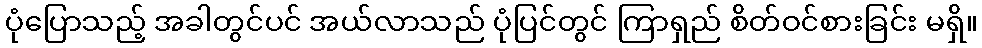
ပုံပြောသည့် အခါတွင်ပင် အယ်လာသည် ပုံပြင်တွင် ကြာရှည် စိတ်ဝင်စားခြင်း မရှိ။